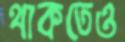
থাকতেও